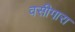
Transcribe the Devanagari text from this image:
वसीगारा